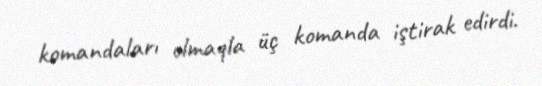
komandaları olmaqla üç komanda iştirak edirdi.